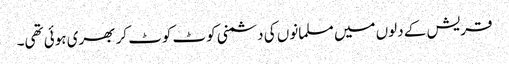
قریش کے دلوں میں مسلمانوں کی دشمنی کوٹ کوٹ کر بھری ہوئی تھی۔